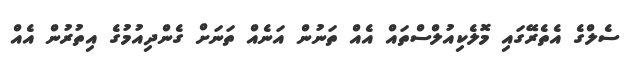
ސެލްގެ އެތެރޭގައި މޮލެކިއުލްސްތައް އެއް ތަނުން އަނެއް ތަނަށް ގެންދިއުމުގެ އިތުރުން އެއް